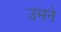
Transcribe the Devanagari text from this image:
उमने